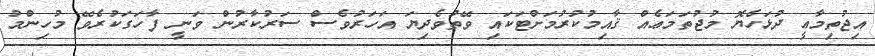
އިޖުތިމާޢީ ދުޅަހެޔޮ މުޖުތަމަޢެއް ޤާއިމުކުރުމަށްޓަކައި ވޭތުވެދިޔަ އަހަރުވެސް ސަރުކާރުން ވަނީ ފާހަގަކުރެވޭ މުހިންމު